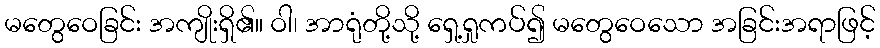
မတွေဝေခြင်း အကျိုးရှိ၏။ ဝါ၊ အာရုံတို့သို့ ရှေ့ရှုကပ်၍ မတွေဝေသော အခြင်းအရာဖြင့်